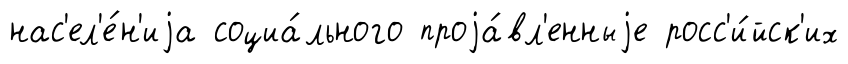
нас'ел'е́н'иjа социа́льного проjа́вл'енныjе росс'и́йск'их